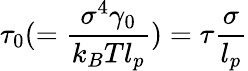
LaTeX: \tau_{0}(=\frac{\sigma^{4}\gamma_{0}}{k_{B}Tl_{p}})=\tau\frac{\sigma}{l_{p}}